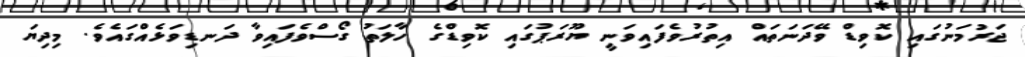
ޖަރުމަނުގައި ކޮވިޑް ވޭދަނަތައް އިތުުރުވެފައިވަނީ ޔޫރަޕުގައި ކޮވިޑްގެ ހާލަތު ގޯސްވެފައިވާ ދަނޑިވަޅެއްގައެވެ. މިދިޔަ